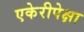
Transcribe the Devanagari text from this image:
एकेरीपेक्षा